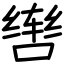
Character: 辔